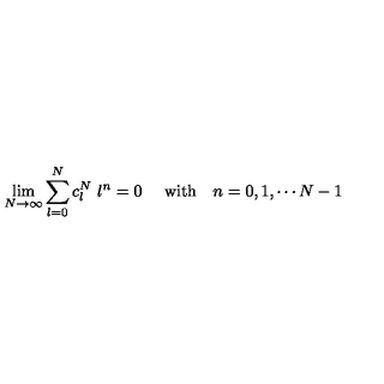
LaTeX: \lim _ { N \rightarrow \infty } \sum _ { l = 0 } ^ { N } c _ { l } ^ { N } \ l ^ { n } = 0 \ \quad \mathrm { w i t h } \quad n = 0 , 1 , \cdots N - 1 \,